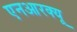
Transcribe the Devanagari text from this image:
एनआरक्यू